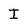
Character: I